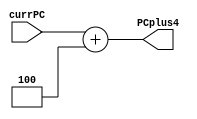
// Ryan Pencak
// adder.v

/* add4 module: adds 4 to input address */
module Add4(currPC,
            PCplus4);

  /* declare inputs */
  input [31:0] currPC;

  /* declare outputs */
  output [31:0] PCplus4;

  assign PCplus4 = currPC + 4;

endmodule

/* adder module: adds a signExtendedImmediate shifted left 2 to PC_Plus4 for Jump commands*/
module Adder(PC_Plus4, signExtendedImmediate,
            out);

  /* declare inputs */
  input [31:0] PC_Plus4;
  input [31:0] signExtendedImmediate;

  /* declare outputs */
  output reg [31:0] out;

  always @(*) begin
    out = PC_Plus4 + {signExtendedImmediate << 2};
  end

endmodule